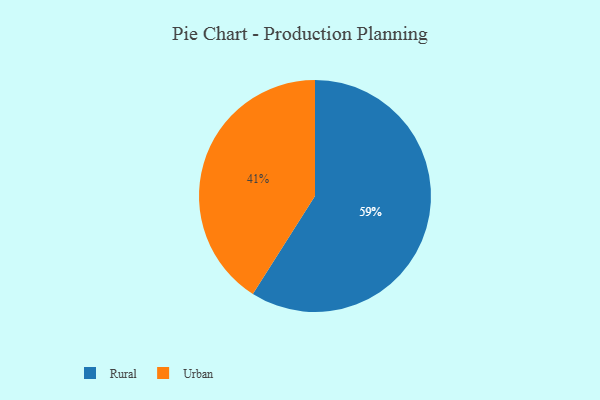
{"axis": {"x": "Category", "y": "Percentage"}, "legend": ["Rural", "Urban"], "data": [{"x": "Rural", "y": 59, "type": "Rural"}, {"x": "Urban", "y": 41, "type": "Urban"}]}